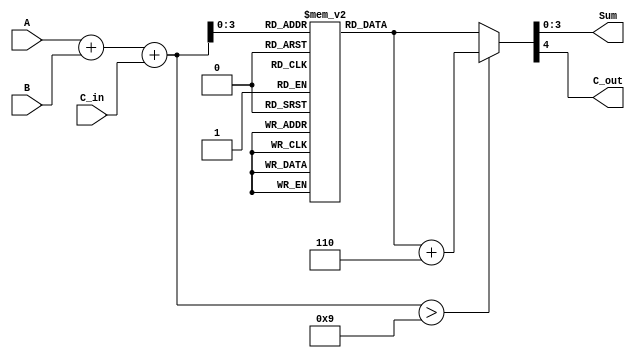
module BCD_LUT_Adder (
    input  wire [3:0] A,       // First BCD digit (0-9)
    input  wire [3:0] B,       // Second BCD digit (0-9)
    input  wire C_in,          // Carry-in
    output wire [3:0] Sum,     // BCD sum (0-9)
    output wire C_out          // Carry-out
);

    wire [4:0] S;              // 5-bit sum of A, B, and C_in
    reg [4:0] LUT [0:18];      // Look-Up Table for BCD correction

    // Initialize LUT for BCD addition correction
    initial begin
        LUT[0]  = 5'd0;   // 0 + 0 + 0 = 0
        LUT[1]  = 5'd1;   // 0 + 1 + 0 = 1
        LUT[2]  = 5'd2;   // 0 + 2 + 0 = 2
        LUT[3]  = 5'd3;   // 0 + 3 + 0 = 3
        LUT[4]  = 5'd4;   // 0 + 4 + 0 = 4
        LUT[5]  = 5'd5;   // 0 + 5 + 0 = 5
        LUT[6]  = 5'd6;   // 0 + 6 + 0 = 6
        LUT[7]  = 5'd7;   // 0 + 7 + 0 = 7
        LUT[8]  = 5'd8;   // 0 + 8 + 0 = 8
        LUT[9]  = 5'd9;   // 0 + 9 + 0 = 9
        LUT[10] = 5'd10;  // 1 + 0 + 0 = 10
        LUT[11] = 5'd11;  // 1 + 1 + 0 = 11
        LUT[12] = 5'd12;  // 1 + 2 + 0 = 12
        LUT[13] = 5'd13;  // 1 + 3 + 0 = 13
        LUT[14] = 5'd14;  // 1 + 4 + 0 = 14
        LUT[15] = 5'd15;  // 1 + 5 + 0 = 15
        LUT[16] = 5'd16;  // 1 + 6 + 0 = 16
        LUT[17] = 5'd17;  // 1 + 7 + 0 = 17
        LUT[18] = 5'd18;  // 1 + 8 + 0 = 18
        // More entries can be initialized as needed...
        // This is a compact representation; further initialization can be done
    end

    // Compute the initial binary sum
    assign S = A + B + C_in;

    // Lookup table to get the final sum and carry out
    assign {C_out, Sum} = (S > 9) ? (LUT[S[3:0]] + 5'd6) : LUT[S[3:0]];

endmodule